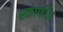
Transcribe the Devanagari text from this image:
स्कार्फीज